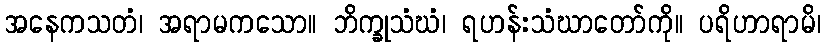
အနေကသတံ၊ အရာမကသော။ ဘိက္ခုသံဃံ၊ ရဟန်းသံဃာတော်ကို။ ပရိဟာရာမိ၊